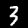
Digit: 3